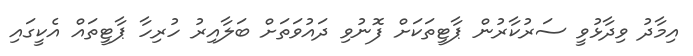
އިމާދު ވިދާޅުވީ ސަރުކާރުން ޕާޓީތަކަށް ފޮނުވި ދައުވަތަށް ބަލާއިރު ހުރިހާ ޕާޓީތައް އެކީގައި